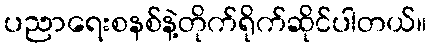
ပညာရေးစနစ်နဲ့တိုက်ရိုက်ဆိုင်ပါတယ်။